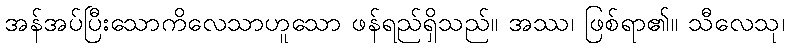
အန်အပ်ပြီးသောကိလေသာဟူသော ဖန်ရည်ရှိသည်။ အဿ၊ ဖြစ်ရာ၏။ သီလေသု၊